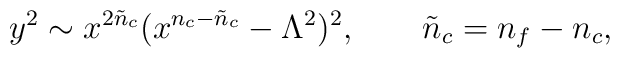
y^2\sim   x^{2{\tilde n}_c}    ( x^{n_c - {\tilde n}_c } -   \Lambda^2   )^2, \qquad     {\tilde n}_c = n_f - n_c,